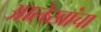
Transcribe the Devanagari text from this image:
आलेखांचा